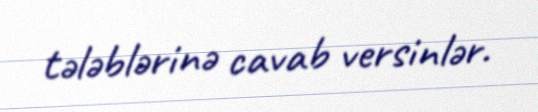
tələblərinə cavab versinlər.